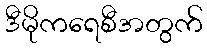
ဒီမိုကရေစီအတွက်